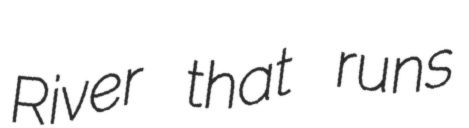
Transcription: River that runs